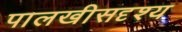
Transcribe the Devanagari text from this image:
पालखीसदृश्य